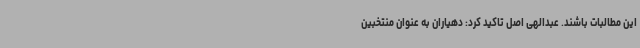
این مطالبات باشند. عبدالهی اصل تاکید کرد: دهیاران به عنوان منتخبین